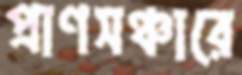
প্রাণসঞ্চারে